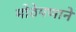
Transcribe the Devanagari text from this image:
मोठेपणाने